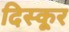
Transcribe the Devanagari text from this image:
दिस्कूर